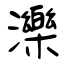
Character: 濼